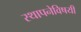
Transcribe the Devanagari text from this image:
स्थापनेविषयी